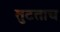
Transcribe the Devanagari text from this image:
तुटताच